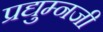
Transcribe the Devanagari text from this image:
प्रद्युम्नजी